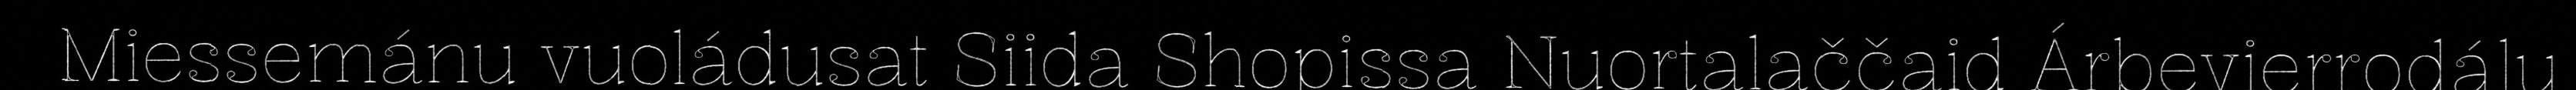
Miessemánu vuoládusat Siida Shopissa Nuortalaččaid Árbevierrodálu